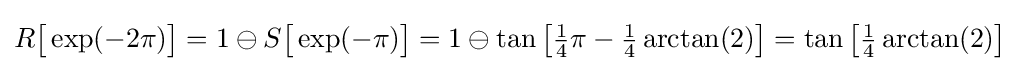
R{\bigl [}\exp(-2\pi ){\bigr ]}=1\ominus S{\bigl [}\exp(-\pi ){\bigr ]}=1\ominus \tan {\bigl [}{\tfrac {1}{4}}\pi -{\tfrac {1}{4}}\arctan(2){\bigr ]}=\tan {\bigl [}{\tfrac {1}{4}}\arctan(2){\bigr ]}